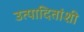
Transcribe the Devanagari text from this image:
उत्पादितांशी